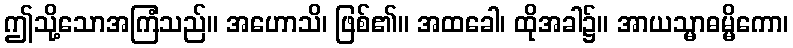
ဤသို့သောအကြံသည်။ အဟောသိ၊ ဖြစ်၏။ အထခေါ၊ ထိုအခါ၌။ အာယသ္မာဓမ္မိကော၊